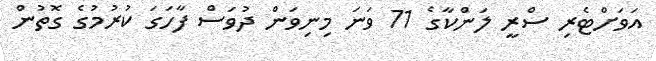
އަވަށްޓެރި ސްރީ ލަންކާގެ 71 ވަނަ މިނިވަން ދުވަސް ފާހަގަ ކުރުމުގެ ގޮތުން